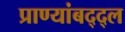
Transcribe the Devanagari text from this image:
प्राण्यांबद्द्ल